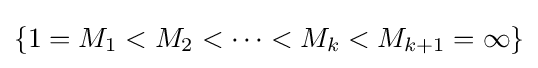
\{1=M_{1}<M_{2}<\cdots <M_{k}<M_{k+1}=\infty \}